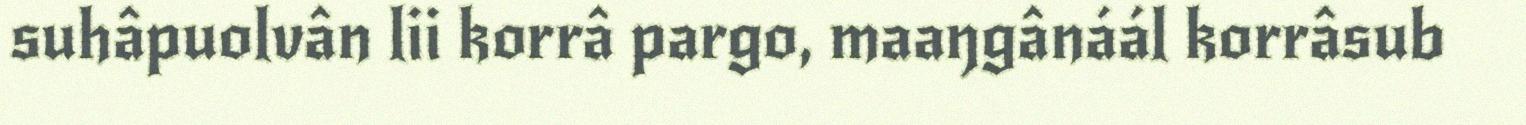
suhâpuolvân lii korrâ pargo, maaŋgânáál korrâsub